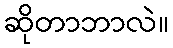
ဆိုတာဘာလဲ။